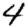
Digit: 4